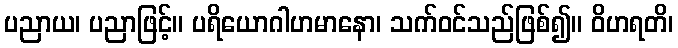
ပညာယ၊ ပညာဖြင့်။ ပရိယောဂါဟမာနော၊ သက်ဝင်သည်ဖြစ်၍။ ဝိဟရတိ၊